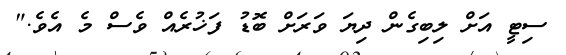
ސިޓީ އަށް ލިބިގެން ދިޔަ ވަރަށް ބޮޑު ފަޚުރެއް ވެސް މެ އެވެ."